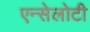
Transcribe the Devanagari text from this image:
एन्सेलोटी